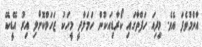
އާންމުވެފަ އެވެ. މިދިއަ ހަފްތާގައި ކޯރާޑިއަކުން ހަމަލާދީ މީހަކު ޒަހަމްކޮށްލި އިރު އޭޑީކޭ